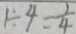
1 \div 4 = \frac { 1 } { 4 }